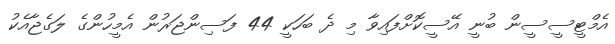
އެމްޓީސީސީން ބުނީ އޭސީކޮށްފައިވާ މި ދެ ބަހަކީ 44 ފަސިންޖަރުން އެމީހުންގެ ލަގެޖާއެކު